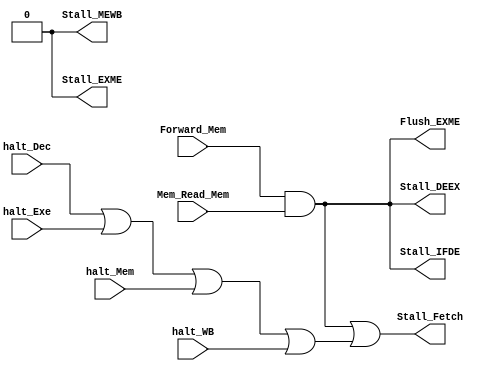
/********************************************************************************************************
/		MODULE: Stall_Logic (DEPRECATED)
/		PURPOSE: Given the stage of the processor determine if a stall needs to occur and if so which stages
/					should be stalled
/
/		INPUTS:
/				Forward_Mem - Forwarding from Memory stage
/				halt_Dec - Halt command present in Decode stage
/				halt_Exe - Halt command present in Execute stage
/				halt_Mem - Halt command present in Memory stage
/				halt_WB - Halt command present in Writeback stage
/				Mem_Read_Mem - Whether the memory stage is going to read some data
/				
/		OUTPUTS: 
/				Stall_Fetch - Dont' Write back to PC, should be the same as Stall_IFDE
/				Stall_IFDE - Don't write info from Instruction Fetch Stage
/				Stall_DEEX - Don't write info from Decode Stage
/				Stall_EXME - Don't write info from Execute Stage (Don't know if will have to use this ever)
/				Stall_MEWB - Don't write info from Memory Stage (Don't know if will have to use this ever)
/
/				Flush_EXME - Flush the Execute/Memory Blade in the event of a load stall
/
/		INTERNAL:
/				Stall_Load - If there should be a stall due to a load dependency
/				Stall_Halt - If there should be a stall due to a halt instruction
********************************************************************************************************/
module Stall_Logic(Forward_Mem, halt_Dec, halt_Exe, halt_Mem, halt_WB, Mem_Read_Mem, Stall_Fetch, Stall_IFDE, Stall_DEEX, Stall_EXME, Stall_MEWB, Flush_EXME);
	
	input Forward_Mem;
	input halt_Dec;
	input halt_Exe;
	input halt_Mem;
	input halt_WB;
	input Mem_Read_Mem;
	
	output Stall_Fetch;
	output Stall_IFDE;
	output Stall_DEEX;
	output Stall_EXME;
	output Stall_MEWB;
	output Flush_EXME; //You have been given the power to end it all, choose wisely from now on, every action that you take will have a far wider impact than anything you could intisipate.
	
	wire Stall_Load; //Stall Fetch, Decode, Execute Stages and Nuke EXME Blade (No infinite loops)
	wire Stall_Halt;
	
	assign Stall_Load = Forward_Mem & Mem_Read_Mem;
	assign Stall_Halt = halt_Dec | halt_Exe | halt_Mem | halt_WB;
	
	assign Stall_Fetch = Stall_Load | Stall_Halt;
	assign Stall_IFDE = Stall_Load;
	assign Stall_DEEX = Stall_Load;
	assign Stall_EXME = 1'b0;
	assign Stall_MEWB = 1'b0;
	
	assign Flush_EXME = Stall_Load;
	
endmodule